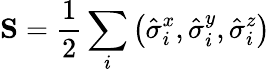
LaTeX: \textbf{S}=\frac{1}{2}\sum_{i}\big(\hat{\sigma}_{i}^{x},\hat{\sigma}_{i}^{y},\hat{\sigma}_{i}^{z}\big)